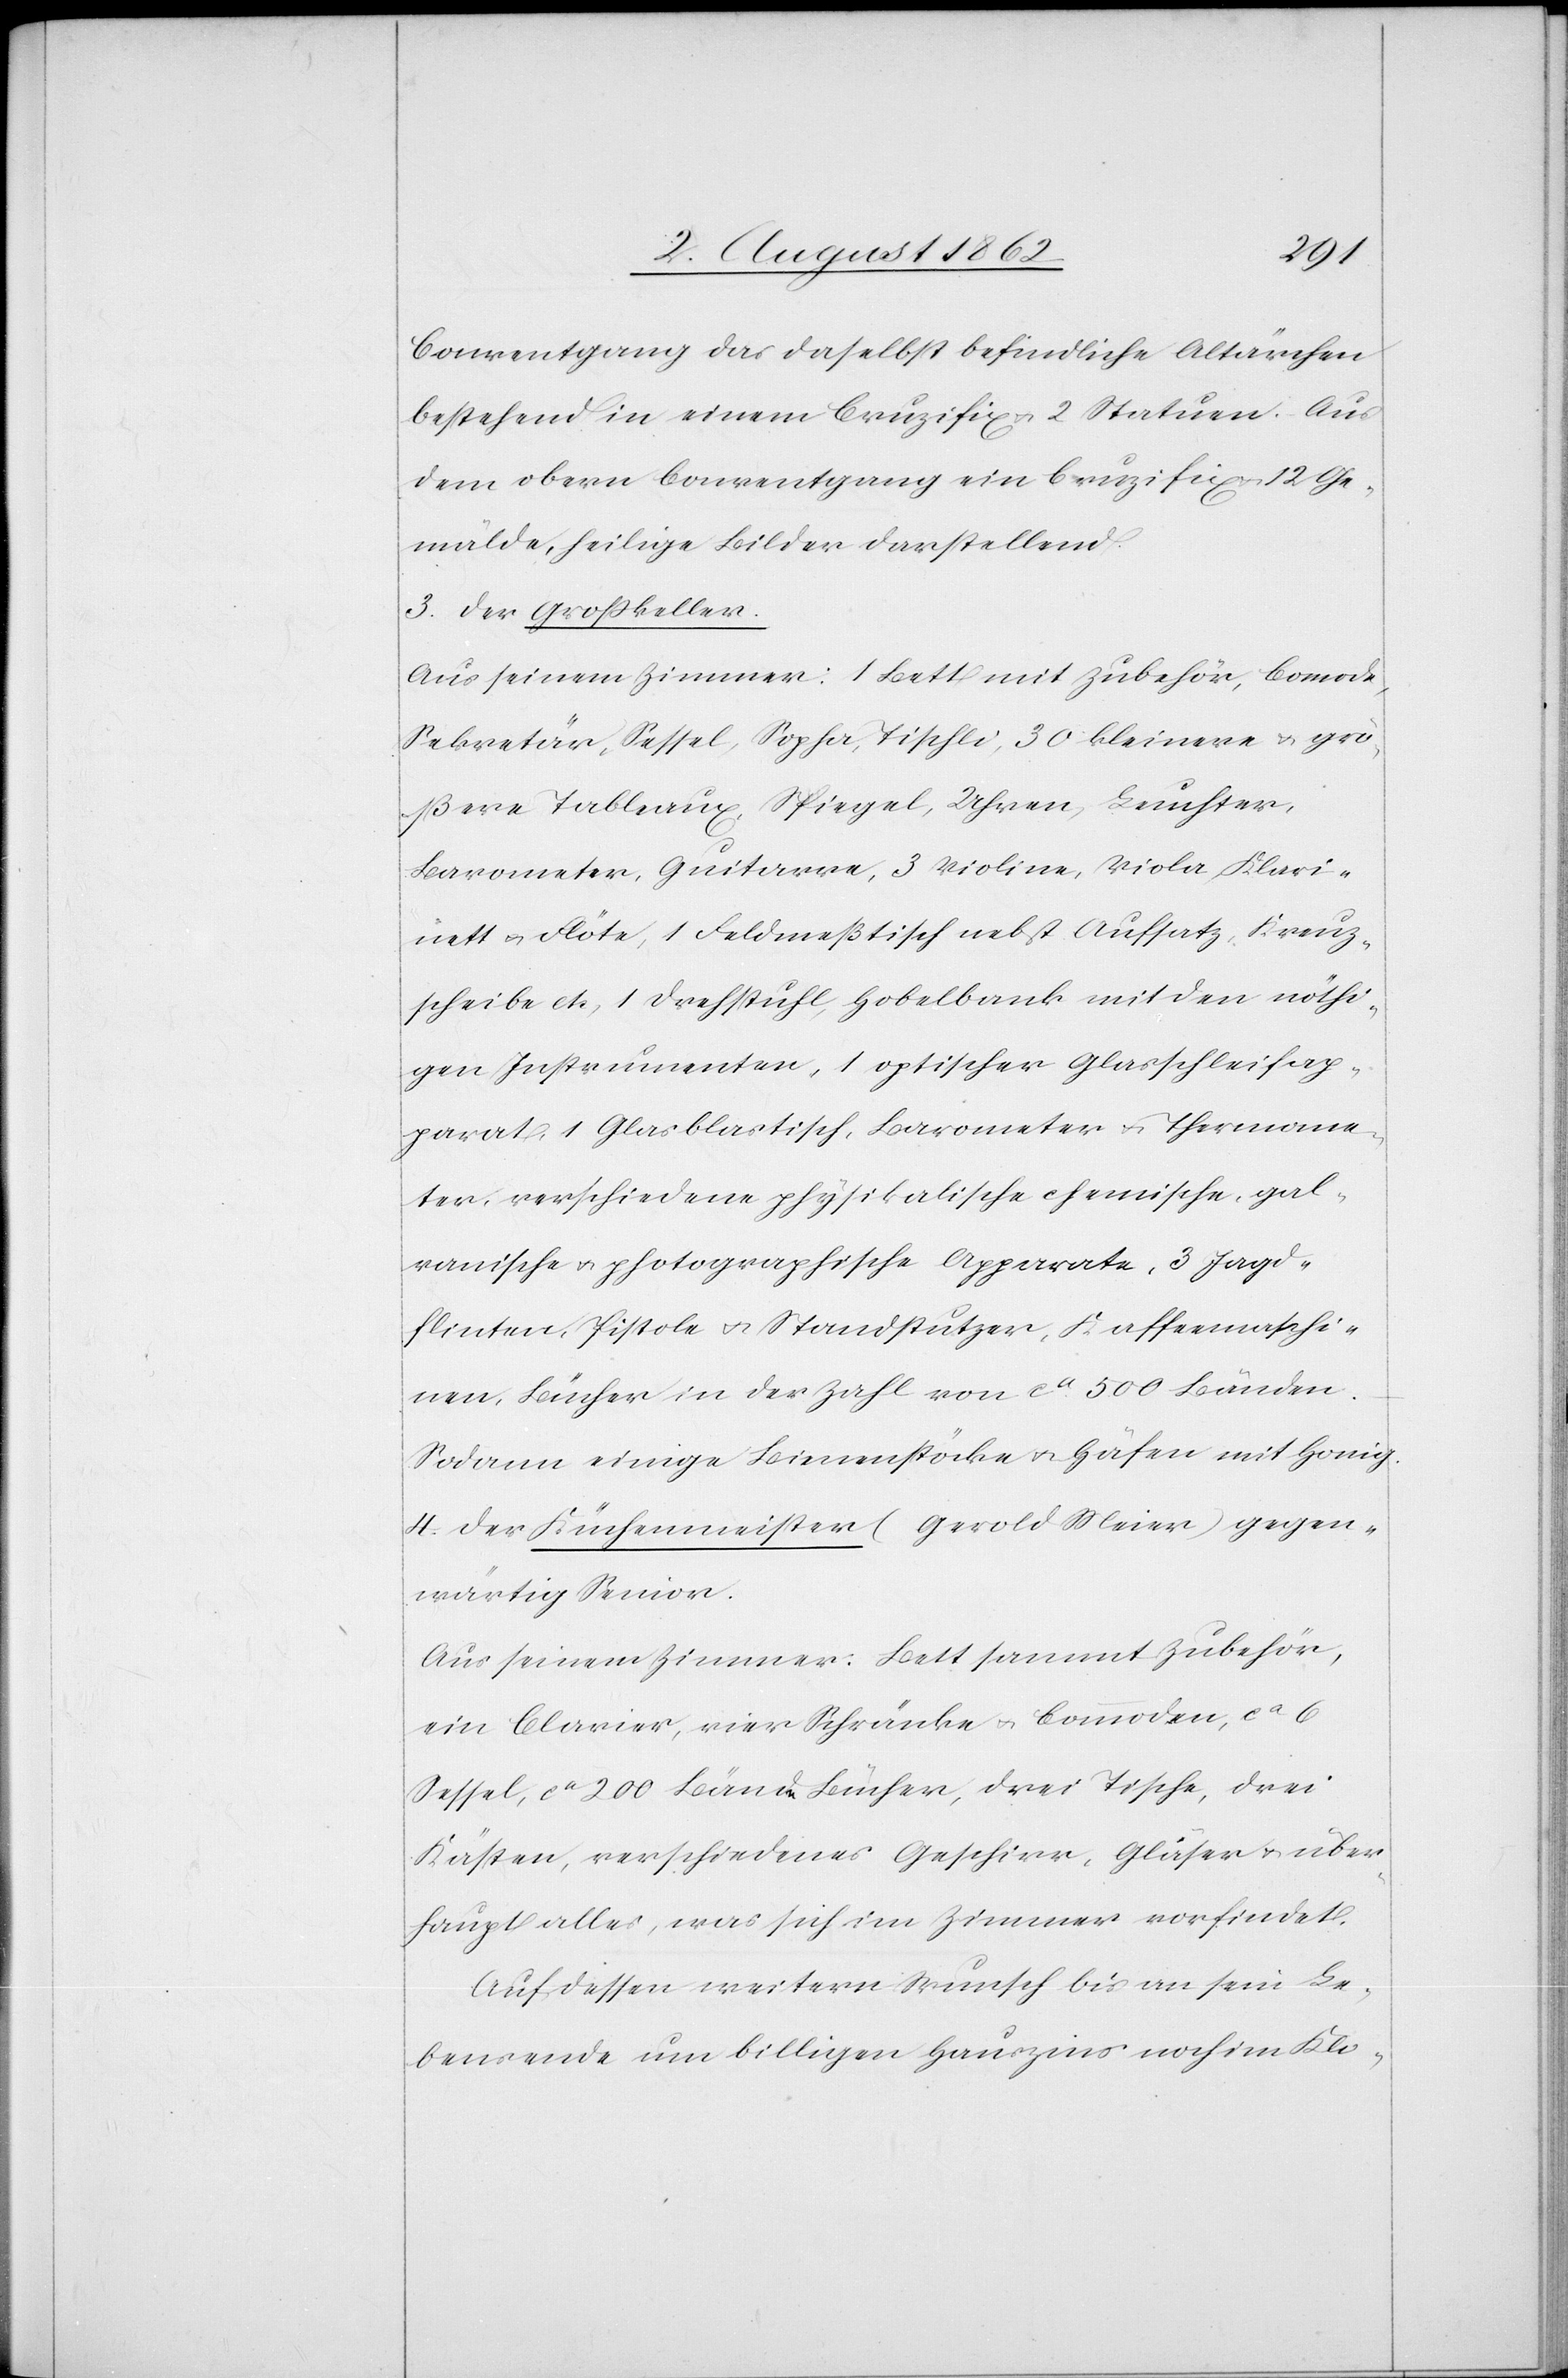
Conventgang das daselbst befindliche Altärchen
bestehend in einem Cruzifix u. 2 Statuen. Aus
dem obern Conventgang ein Cruzifix u. 12 Ge¬
mälde, heilige Bilder darstellend.
3. Der Großkeller.
Aus seinem Zimmer: 1 Bett mit Zubehör, Commode,
Sekretär, Sessel, Sopha, Tischli, 30 kleinere u. grö¬
ßere Tableaux, Spiegel, Uhr, Leuchter,
Barometer, Guitarre, 3 Violine, Viola, Klari¬
nett u. Flöte, 1 Feldmeßtisch nebst Aufsatz, Kreuz¬
scheibe etc, Drehstuhl, Hobelbank mit den nöthi¬
gen Instrumenten, 1 optischer Glasschleifap¬
parat, 1 Glasblastisch, Barometer u. Thermome¬
ter, verschiedene physikalische chemische, gal¬
ranische u. photographische Apparate, 3. Jagd¬
flinten, Pistole u. Standstuzer, Kaffeemaschi¬
nen, Bücher in der Zahl von ca 500 Bänden.
Sodann einige Bienenstöcke u. Häfen mit Honig.
4. Der Küchenmeister (Gerold Meier) gegen¬
wärtig Senior.
Aus seinem Zimmer: Bett sammt Zubehör,
ein Clavier, vier Schränke u. Commoden ca 6
Sessel, ca 200 Bänden Bücher, drei Tische, drei
Kästen, verschiedenes Geschirr, Gläser u. über¬
haupt alles, was sich im Zimmer vorfindet.
Auf dessen weitern Wunsch bis an sein Le¬
bensende um billigen Hauszins noch im Klo-